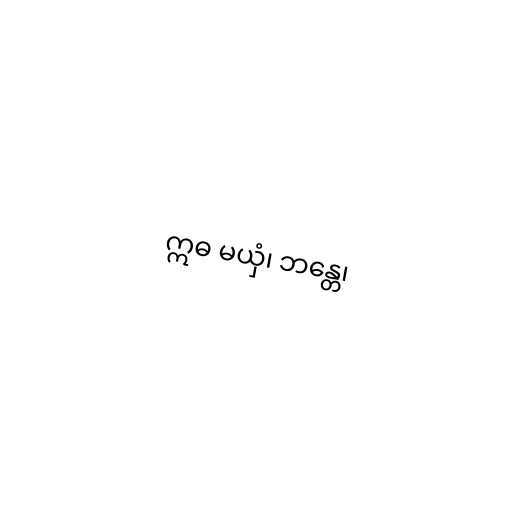
ဣဓ မယှံ၊ ဘန္တေ၊